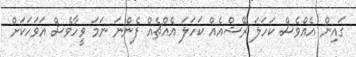
ގައިން އެއްވެސް ކަހަލަ ރޭޝްއެއް ކަހަލަ އެއްޗެއް ފެންނަ ނަމަ ވީހާވެސް އަވަހަކަށް